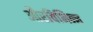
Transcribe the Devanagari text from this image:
औरविभिन्न